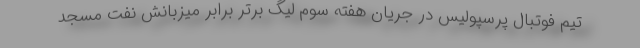
تیم فوتبال پرسپولیس در جریان هفته سوم لیگ برتر برابر میزبانش نفت مسجد